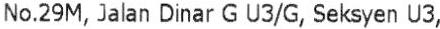
NO.29M, JALAN DINAR G U3/G, SEKSYEN U3,